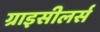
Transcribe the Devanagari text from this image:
ग्राइसीलर्स